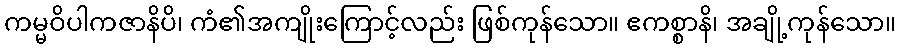
ကမ္မဝိပါကဇာနိပိ၊ ကံ၏အကျိုးကြောင့်လည်း ဖြစ်ကုန်သော။ ဧကစ္စာနိ၊ အချို့ကုန်သော။